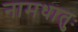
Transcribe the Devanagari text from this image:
नामधातुः